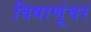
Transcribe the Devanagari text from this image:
विषाणूंवर